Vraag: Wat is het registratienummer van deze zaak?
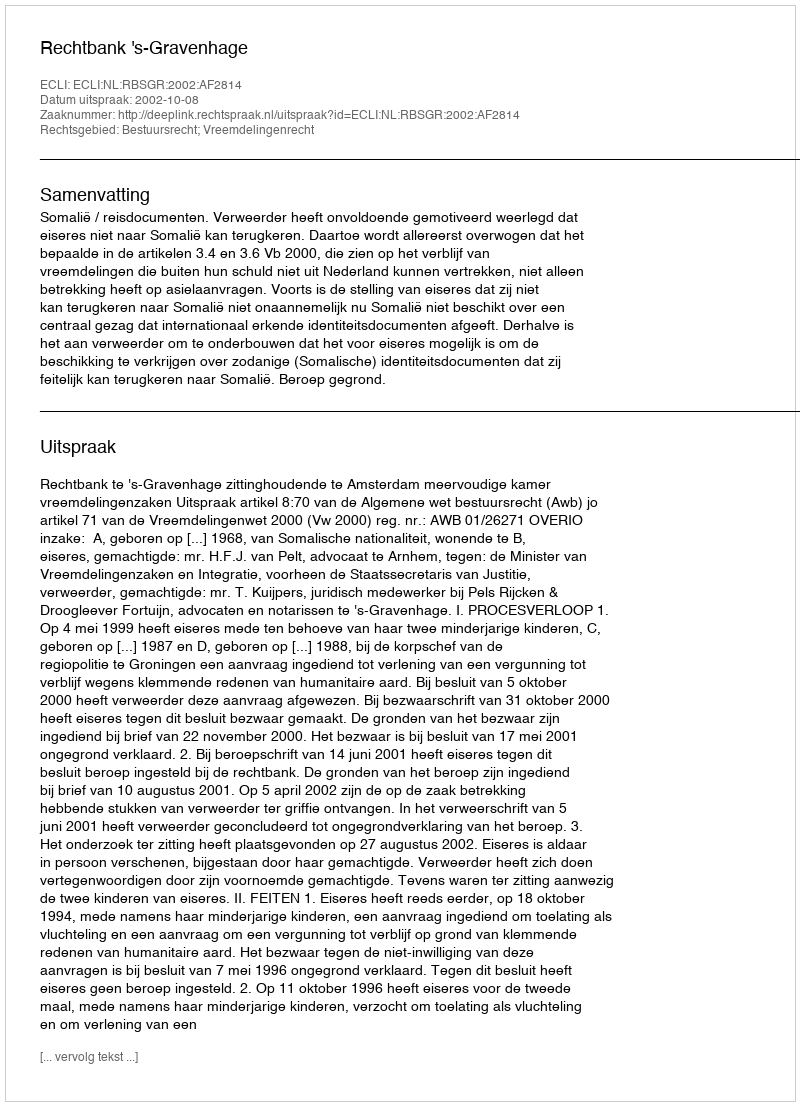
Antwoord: http://deeplink.rechtspraak.nl/uitspraak?id=ECLI:NL:RBSGR:2002:AF2814